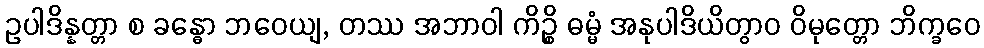
ဥပါဒိန္နတ္တာ စ ခန္ဓော ဘဝေယျ, တဿ အဘာဝါ ကိဉ္စိ ဓမ္မံ အနုပါဒိယိတွာဝ ဝိမုတ္တော ဘိက္ခဝေ